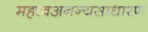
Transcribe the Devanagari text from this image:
महत्त्वअनन्यसाधारण